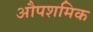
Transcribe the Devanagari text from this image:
औपशमिक